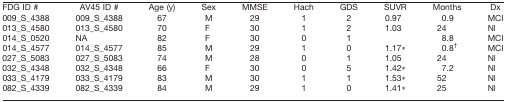
| FDG ID # | AV45 ID # | Age (y) | Sex | MMSE | Hach | GDS | SUVR | Months | Dx |
 | --- | --- | --- | --- | --- | --- | --- | --- | --- | --- |
 | 009_S_4388 | 009_S_4388 | 67 | M | 29 | 1 | 2 | 0.97 | 0.9 | MCI |
 | 013_S_4580 | 013_S_4580 | 70 | F | 30 | 1 | 2 | 1.03 | 24 | Nl |
 | 014_S_0520 | NA | 82 | F | 30 | 0 | 1 |  | 8.8 | MCI |
 | 014_S_4577 | 014_S_4577 | 85 | M | 29 | 1 | 0 | 1.17* | 0.8† | MCI |
 | 027_S_5083 | 027_S_5083 | 74 | M | 28 | 0 | 1 | 1.05 | 24 | Nl |
 | 032_S_4348 | 032_S_4348 | 66 | F | 30 | 0 | 5 | 1.42* | 7.2 | Nl |
 | 033_S_4179 | 033_S_4179 | 83 | M | 30 | 1 | 1 | 1.53* | 52 | Nl |
 | 082_S_4339 | 082_S_4339 | 84 | M | 29 | 1 | 0 | 1.41* | 25 | Nl |